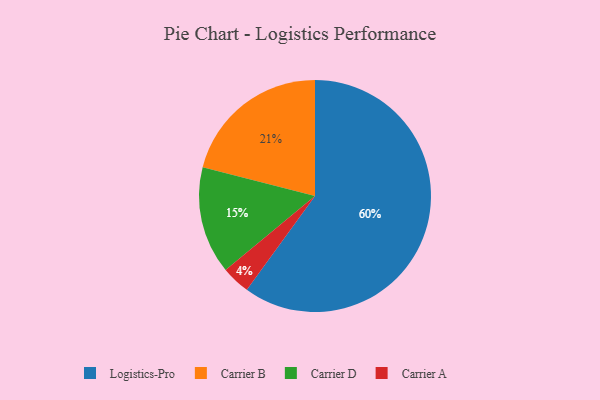
{"axis": {"x": "Category", "y": "Percentage"}, "legend": ["Carrier A", "Carrier B", "Carrier D", "Logistics-Pro"], "data": [{"x": "Carrier A", "y": 4, "type": "Carrier A"}, {"x": "Carrier B", "y": 21, "type": "Carrier B"}, {"x": "Carrier D", "y": 15, "type": "Carrier D"}, {"x": "Logistics-Pro", "y": 60, "type": "Logistics-Pro"}]}